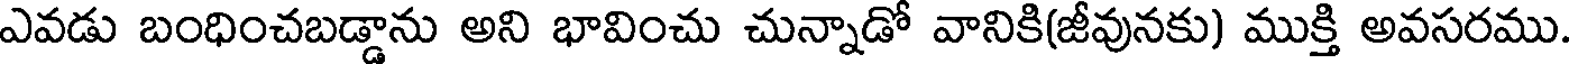
ఎవడు బంధించబడ్డాను అని భావించు చున్నాడో వానికి(జీవునకు) ముక్తి అవసరము.